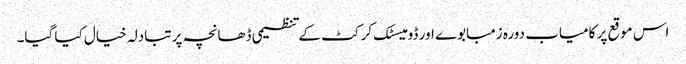
اس موقع پر کامیاب دورہ زمبابوے اور ڈومیسٹک کرکٹ کے تنظیمی ڈھانچہ پر تبادلہ خیال کیا گیا۔